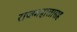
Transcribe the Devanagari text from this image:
राजमहालासह